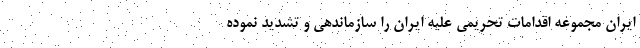
ایران مجموعه اقدامات تحریمی علیه ایران را سازماندهی و تشدید نموده